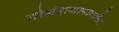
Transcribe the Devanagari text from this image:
गोलंदाजाबाबतीत